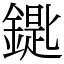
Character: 𨫞